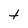
Character: t